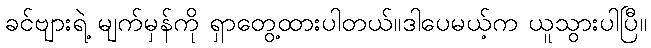
ခင်ဗျားရဲ့ မျက်မှန်ကို ရှာတွေ့ထားပါတယ်။ဒါပေမယ့်က ယူသွားပါပြီ။